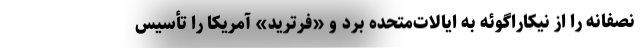
نصفانه را از نیکاراگوئه به ایالات‌متحده برد و «فرترید» آمریکا را تأسیس